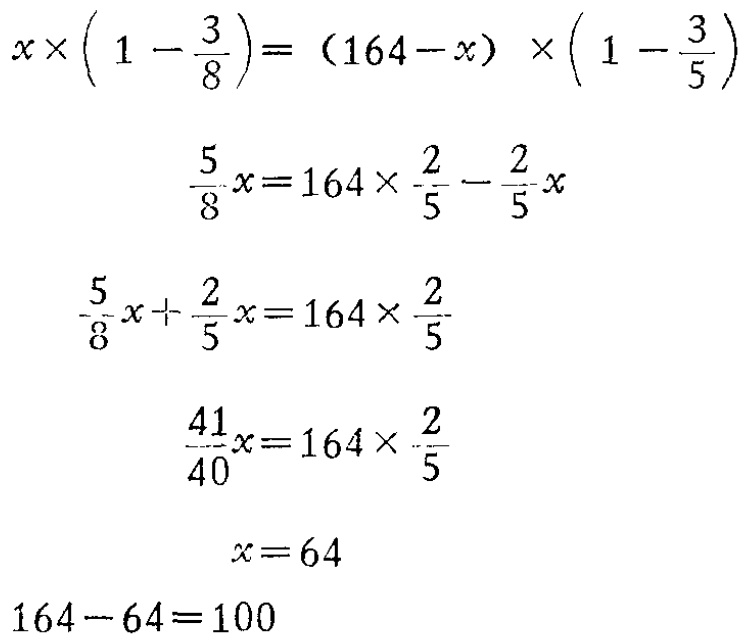
\[

\begin{align*}

x\times\left(1 - \frac{3}{8}\right)&=(164 - x)\times\left(1 - \frac{3}{5}\right)\\

\frac{5}{8}x&=164\times\frac{2}{5}-\frac{2}{5}x\\

\frac{5}{8}x+\frac{2}{5}x&=164\times\frac{2}{5}\\

\frac{41}{40}x&=164\times\frac{2}{5}\\

x&=64\\

164 - 64&=100

\end{align*}

\]